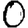
Digit: 0